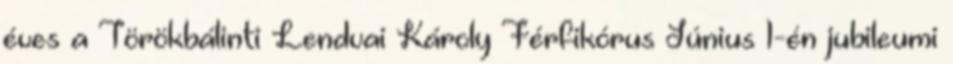
éves a Törökbálinti Lendvai Károly Férfikórus Június 1-én jubileumi